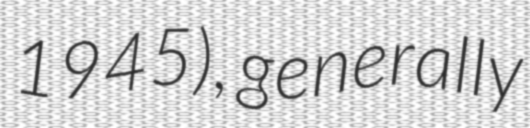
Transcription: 1945), generally